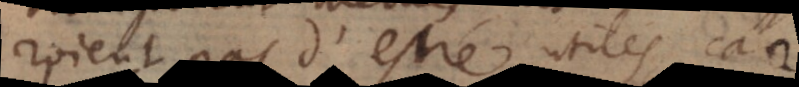
laisseroient pas d’estre utiles, car